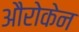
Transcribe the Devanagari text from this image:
औरोकेन